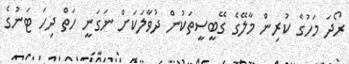
ރޯދަ މަހުގެ ކުރިން މާލޭގެ ގޭބީސީތަކުން ދުވާލަކަށް ނަގަނީ ހަތް ދިހަ ޓަނުގެ